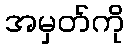
အမှတ်ကို